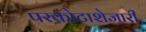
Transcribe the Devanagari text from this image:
परकोटाशेजारी